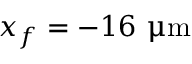
x _ { f } = - 1 6 ~ { \upmu \mathrm { m } }